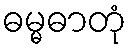
ဓမ္မဓာတုံ